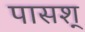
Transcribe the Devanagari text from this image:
पासश्